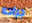
جراحه